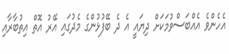
އެހެންވެ އެއްބަސްވުމަކަށް ދިޔައީ އެ ދެ ބޭފުޅުންގެ މެދުގައި އޭރު އޮތް އިތުބާރާއި